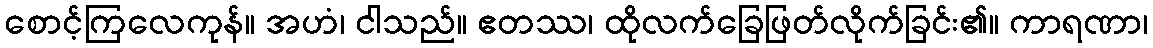
စောင့်ကြလေကုန်။ အဟံ၊ ငါသည်။ ဧတဿ၊ ထိုလက်ခြေဖြတ်လိုက်ခြင်း၏။ ကာရဏာ၊